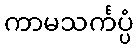
ကာမသင်္ကပ္ပံ